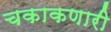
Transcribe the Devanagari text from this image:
चकाकणारी